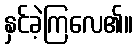
နှင်ခဲ့ကြလေ၏။